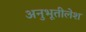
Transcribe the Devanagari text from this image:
अनुभूतीलेश